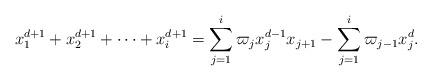
LaTeX: \begin{align*} x_1^{d+1} + x_2^{d+1} + \cdots + x_i^{d+1} = \sum_{j=1}^i \varpi_j x_j^{d-1} x_{j+1} - \sum_{j=1}^i \varpi_{j-1} x_j^d.\end{align*}